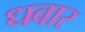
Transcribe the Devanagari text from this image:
धवार